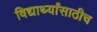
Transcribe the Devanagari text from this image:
विद्यार्थ्यांसाठीच